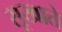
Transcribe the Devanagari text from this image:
सूखाते